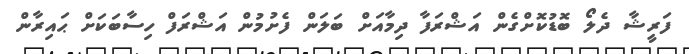
ފަރީޝާ ދެލޯ ބޮޑުކޮށްގެން އަޝްރަފާ ދިމާއަށް ބަލަން ފެށުމުން އަޝްރަފް ހިސާބަކަށް ޙައިރާން